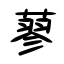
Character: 蓼